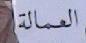
العمالة